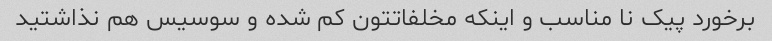
برخورد پیک نا مناسب و اینکه مخلفاتتون کم شده و سوسیس هم نذاشتید